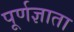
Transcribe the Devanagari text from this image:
पूर्णज्ञाता